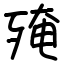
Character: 殗